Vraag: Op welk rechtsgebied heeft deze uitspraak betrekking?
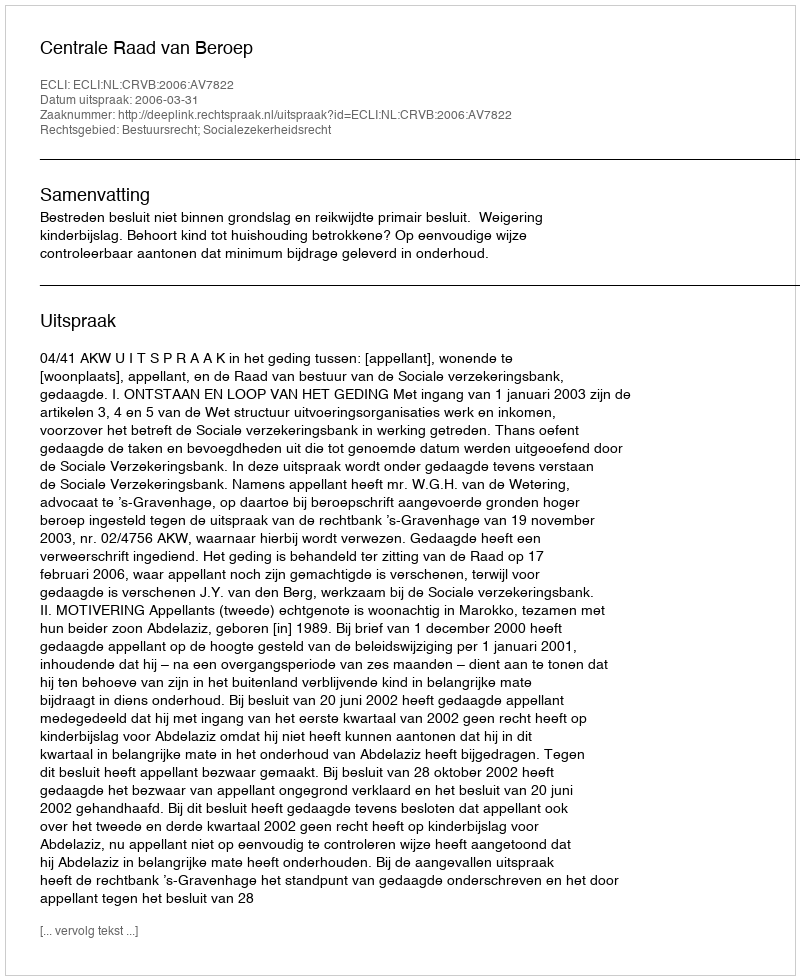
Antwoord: Bestuursrecht; Socialezekerheidsrecht